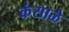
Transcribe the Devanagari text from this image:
कंसाळे